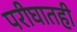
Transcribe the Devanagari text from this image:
परीघातही